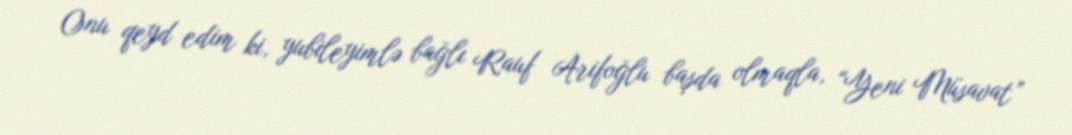
Onu qeyd edim ki, yubileyimlə bağlı Rauf Arifoğlu başda olmaqla, “Yeni Müsavat”